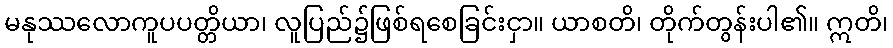
မနုဿလောကူပပတ္တိယာ၊ လူပြည်၌ဖြစ်ရစေခြင်းငှာ။ ယာစတိ၊ တိုက်တွန်းပါ၏။ ဣတိ၊